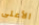
الأعلى